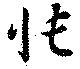
悵